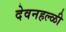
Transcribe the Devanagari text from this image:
देवनहल्ळी